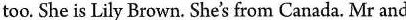
too. She is Lily Brown. She's from Canada. Mr and